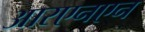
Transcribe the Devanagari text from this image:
आरएनएन